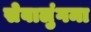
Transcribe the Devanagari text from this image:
सेवालुंगमा